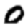
Digit: 0